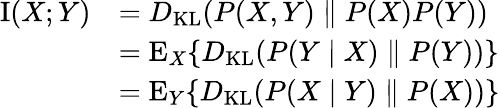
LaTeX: {\begin{array}{rl}{\operatorname{I}(X;Y)}&{=D_{\mathrm{KL}}(P(X,Y)\parallel P(X)P(Y))}\\ &{=\operatorname{E}_{X}\{ D_{\mathrm{KL}}(P(Y\mid X)\parallel P(Y))\} }\\ &{=\operatorname{E}_{Y}\{ D_{\mathrm{KL}}(P(X\mid Y)\parallel P(X))\} }\end{array}}